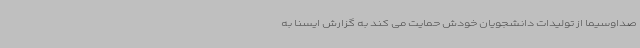
صداوسیما از تولیدات دانشجویان خودش حمایت می کند به گزارش ایسنا به